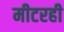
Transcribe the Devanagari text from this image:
मीटरही